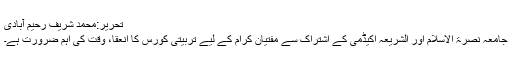
تحریر:محمد شریف رحیم آبادی
جامعہ نصرۃ الاسلام اور الشریعہ اکیڈمی کے اشتراک سے مفتیان کرام کے لیے تربیتی کورس کا انعقا، وقت کی اہم ضرورت ہے۔